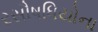
રસૌષધિયોના